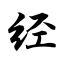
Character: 经